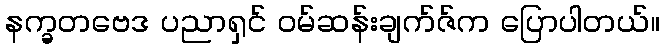
နက္ခတဗေဒ ပညာရှင် ဝမ်ဆန်းချက်ဇ်က ပြောပါတယ်။